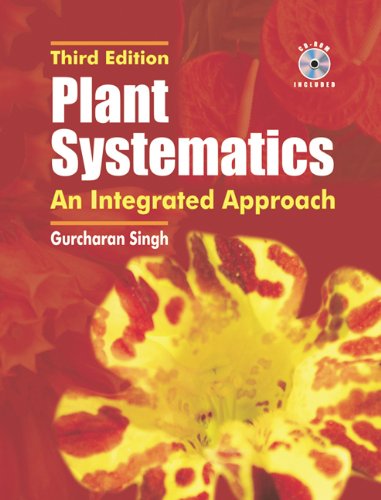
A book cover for Plant Systematics, Third Edition: An Intergrated Approach; Science & Math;